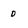
Character: 0